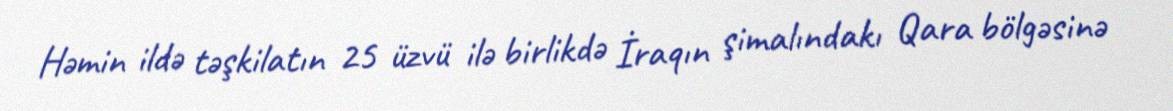
Həmin ildə təşkilatın 25 üzvü ilə birlikdə İraqın şimalındakı Qara bölgəsinə